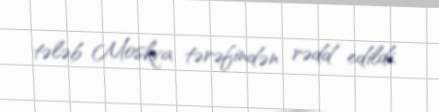
tələb Moskva tərəfindən rədd edildi.